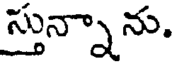
స్తున్నాను.